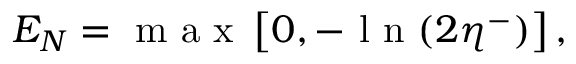
E _ { N } = \textup { m a x } \left[ 0 , - \textup { l n } ( 2 \eta ^ { - } ) \right] ,